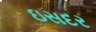
ઇસદર